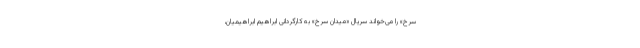
سرخ» را می‌خواند سریال «میدان سرخ» به کارگردانی ابراهیم ابراهیمیان،